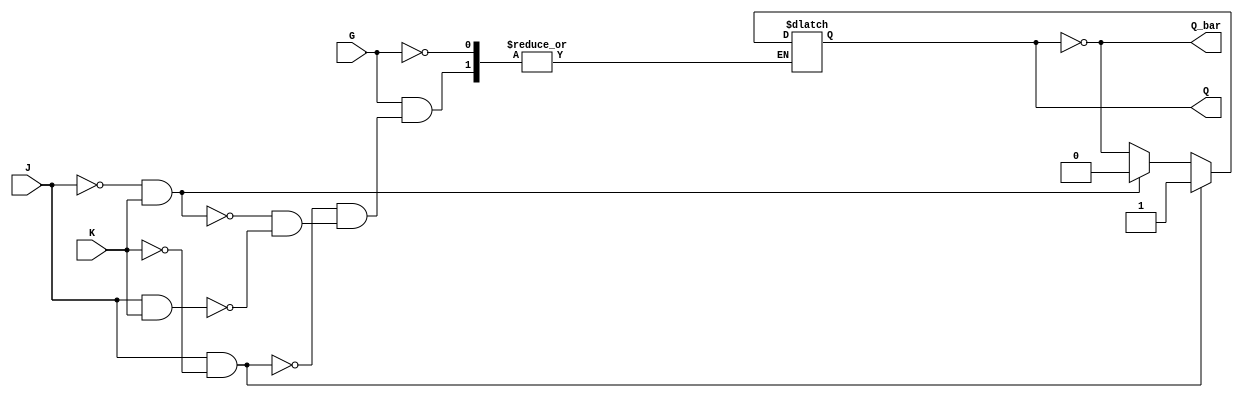
module GatedJKLatch (
    input wire J,          // Data Input J
    input wire K,          // Data Input K
    input wire G,          // Enable input
    output reg Q,          // Current output state
    output wire Q_bar      // Complementary output state
);
    assign Q_bar = ~Q;     // Q_bar is the complement of Q

    always @(G or J or K) begin
        if (G) begin
            if (J && ~K) begin
                Q <= 1'b1;  // Set condition
            end else if (~J && K) begin
                Q <= 1'b0;  // Reset condition
            end else if (J && K) begin
                Q <= ~Q;    // Toggle condition
            end
            // If J and K are both 0, maintain the current state
        end
    end
endmodule